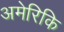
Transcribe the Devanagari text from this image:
अमेरिकि